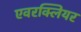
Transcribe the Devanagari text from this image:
एवरक्लियर